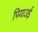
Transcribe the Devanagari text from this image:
पियाउई